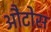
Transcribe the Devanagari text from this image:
औटोस